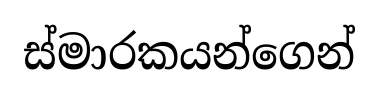
ස්මාරකයන්ගෙන්